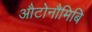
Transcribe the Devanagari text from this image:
औटोनौमिबि